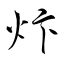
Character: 炞